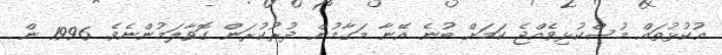
އުކުޅުތައް މުސްކުޅިވެއްޖެ ކަމަށް ބުނެ އޭނާ މަގާމުން ދުރުކުރަން ގޮވާލަމުންނެވެ. 1996 ން